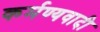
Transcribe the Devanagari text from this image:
कर्मण्यवादी